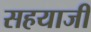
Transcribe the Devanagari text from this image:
सहयाजी